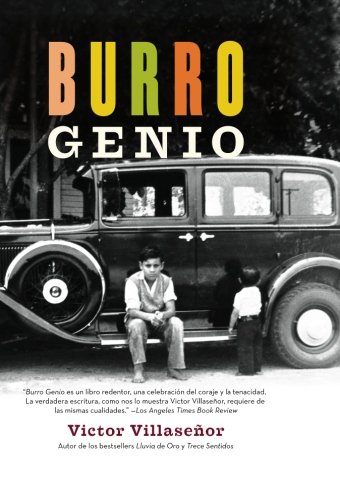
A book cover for Burro Genio (Spanish Edition); Victor Villasenor; Biographies & Memoirs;